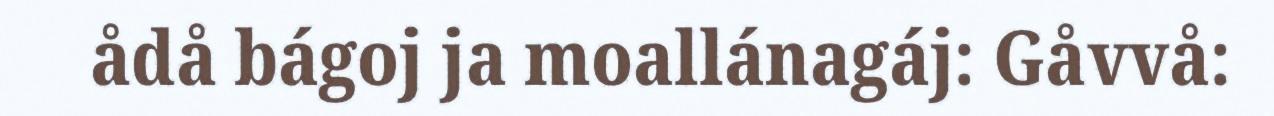
ådå bágoj ja moallánagáj: Gåvvå: